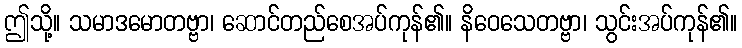
ဤသို့။ သမာဒမောတဗ္ဗာ၊ ဆောင်တည်စေအပ်ကုန်၏။ နိဝေသေတဗ္ဗာ၊ သွင်းအပ်ကုန်၏။